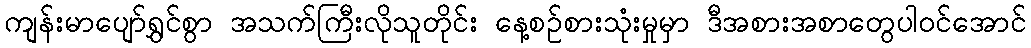
ကျန်းမာပျော်ရွှင်စွာ အသက်ကြီးလိုသူတိုင်း နေ့စဉ်စားသုံးမှုမှာ ဒီအစားအစာတွေပါဝင်အောင်